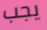
يجب